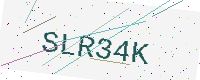
Text: SLR34K